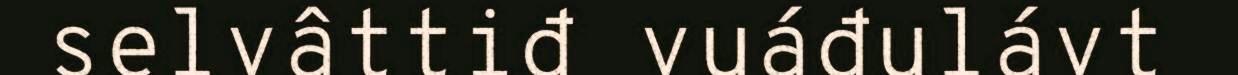
selvâttiđ vuáđulávt